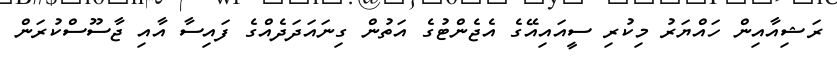
ރަޝިއާއިން ހައްޔަރު މިކުރި ސީއައިއޭގެ އެޖެންޓުގެ އަތުން ގިނައަދަދެއްގެ ފައިސާ އާއި ޖާސޫސްކުރަން